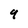
Character: 4